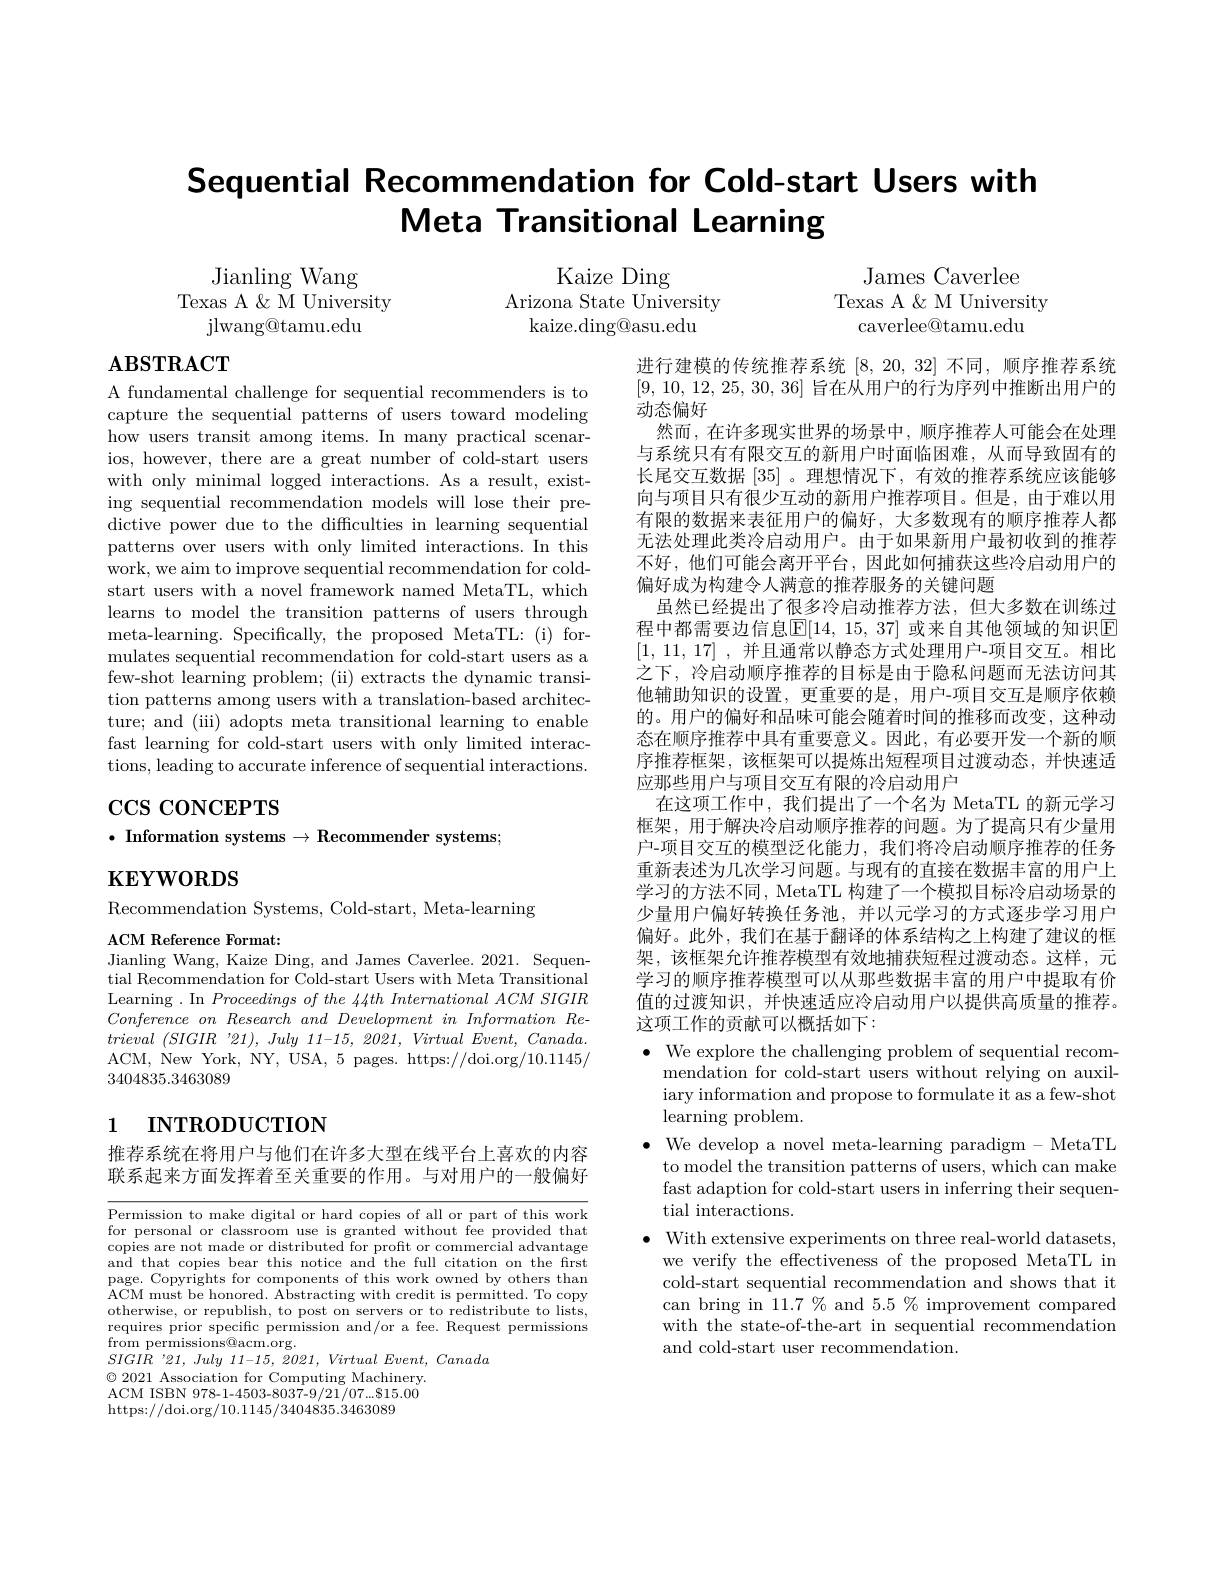
# Sequential Recommendation for Cold-start Users with Meta Transitional Learning

James Caverlee
Texas A & M University
caverlee$\textcircled{\mathrm{O}}$tamu.edu

Jianling Wang
Texas A & M University
${\mathrm{jlwang@tamu.edu}}$

Kaize Ding
Arizona State University
kaize.ding@asu.edu

# $\mathbf{ABSTRACT}$

A fundamental challenge for sequential recommenders is to capture the sequential patterns of users toward modeling how users transit among items. In many practical scenarios, however, there are a great number of cold-start users with only minimal logged interactions. As a result, existing sequential recommendation models will lose their predictive power due to the difficulties in learning sequential patterns over users with only limited interactions. In this work, we aim to improve sequential recommendation for coldstart users with a novel framework named MetaTL, which learns to model the transition patterns of users through meta-learning. Specifically, the proposed MetaTL: (i) formulates sequential recommendation for cold-start users as a few-shot learning problem; (ii) extracts the dynamic transition patterns among users with a translation-based architecture; and (iii) adopts meta transitional learning to enable fast learning for cold-start users with only limited interactions, leading to accurate inference of sequential interactions.

进行建模的传统推荐系统[8,20,32]不同，顺序推荐系统[9, 10, 12, 25, 30, 36] 旨在从用户的行为序列中推断出用户的动态偏好
然而，在许多现实世界的场景中，顺序推荐人可能会在处理与系统只有有限交互的新用户时面临困难，从而导致固有的长尾交互数据[35] 。理想情况下，有效的推荐系统应该能够向与项目只有很少互动的新用户推荐项目。但是，由于难以用有限的数据来表征用户的偏好，大多数现有的顺序推荐人都无法处理此类冷启动用户。由于如果新用户最初收到的推荐不好，他们可能会离开平台，因此如何捕获这些冷启动用户的偏好成为构建令人满意的推荐服务的关键问题
虽然已经提出了很多冷启动推荐方法，但大多数在训练过程中都需要边信息$\mathbb{E}[14,15,37]$ 或来自其他领域的知识$\mathbb{E}$ [1, 11, 17] , 并且通常以静态方式处理用户-项目交互。相比之下，冷启动顺序推荐的目标是由于隐私问题而无法访问其他辅助知识的设置，更重要的是，用户-项目交互是顺序依赖的。用户的偏好和品味可能会随着时间的推移而改变，这种动态在顺序推荐中具有重要意义。因此，有必要开发一个新的顺序推荐框架，该框架可以提炼出短程项目过渡动态，并快速适应那些用户与项目交互有限的冷启动用户
在这项工作中，我们提出了一个名为 MetaTL 的新元学习框架，用于解决冷启动顺序推荐的问题。为了提高只有少量用户-项目交互的模型泛化能力，我们将冷启动顺序推荐的任务重新表述为几次学习问题。与现有的直接在数据丰富的用户上学习的方法不同，MetaTL 构建了一个模拟目标冷启动场景的少量用户偏好转换任务池，并以元学习的方式逐步学习用户偏好。此外，我们在基于翻译的体系结构之上构建了建议的框架，该框架允许推荐模型有效地捕获短程过渡动态。这样，元学习的顺序推荐模型可以从那些数据丰富的用户中提取有价值的过渡知识，并快速适应冷启动用户以提供高质量的推荐。这项工作的贡献可以概括如下：

# $\cos\cos\cos$CEPTS $\bullet$ Information systems$\to \textbf{Recommender systems; }$

$\mathbf{KEYWORDS}$

Recommendation Systems, Cold-start, Meta-learning

ACM Reference Format:
Jianling Wang, Kaize Ding, and James Caverlee. 2021. Sequen-

tial Recommendation for Cold-start Users with Meta Transitional Learning. In Proceedings of the 44th International ACM SIGIR Conference $on$ Research and Development $in$ Information $Re-$ trieval $( SIGIR\:^{\prime }21) $, July 11-15, 2021, Virtual $Event$, $Canada.$ ACM, New York, NY, USA, 5 pages. https://doi.org/10.1145/ 3404835.3463089

# 1 INTRODUCTION

推荐系统在将用户与他们在许多大型在线平台上喜欢的内容联系起来方面发挥着至关重要的作用。与对用户的一般偏好

$\bullet$ We explore the challenging problem of sequential recom-
mendation for cold-start users without relying on auxiliary information and propose to formulate it as a few-shot learning problem.
$\bullet$ We develop a novel meta-learning paradigm - MetaTL
to model the transition patterns of users, which can make fast adaption for cold-start users in inferring their sequential interactions.
$\bullet$ With extensive experiments on three real-world datasets,
we verify the effectiveness of the proposed MetaTL in cold-start sequential recommendation and shows that it can bring in 11.7 % and 5.5 % improvement compared with the state-of-the-art in sequential recommendation and cold-start user recommendation.

Permission to make digital or hard copies of all or part of this work for personal or classroom use is granted without fee provided that copies are not made or distributed for profit or commercial advantage and that copies bear this notice and the full citation on the frst page. Copyrights for components of this work owned by others than ACM must be honored. Abstracting with credit is permitted. To copy otherwise, or republish, to post on servers or to redistribute to lists, requires prior specific permission and/or a fee. Request permissions from permissions@acm.org.
$SIGI\dot{R}$ '21, July 11-15, 2021, Virtual Event, Canada
$\textcircled{2}2021$ Association for Computing Machinery. ACM ISBN 978-1-4503-8037-9/21/07...815.00 https://doi.org/10.1145/3404835.3463089